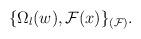
LaTeX: \begin{align*} \{ \Omega_{l}(w), {\cal F}(x) \}_{({\cal F})}.\end{align*}